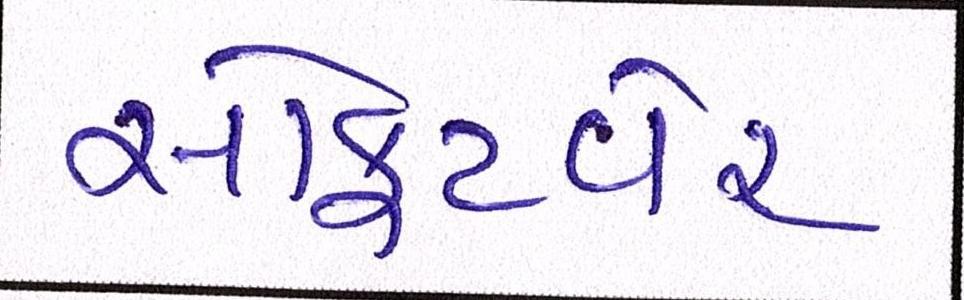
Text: સોફ્ટવેર